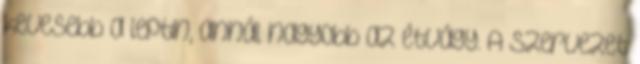
kevesebb a leptin, annál nagyobb az étvágy. A szervezet